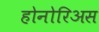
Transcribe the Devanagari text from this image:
होनोरिअस